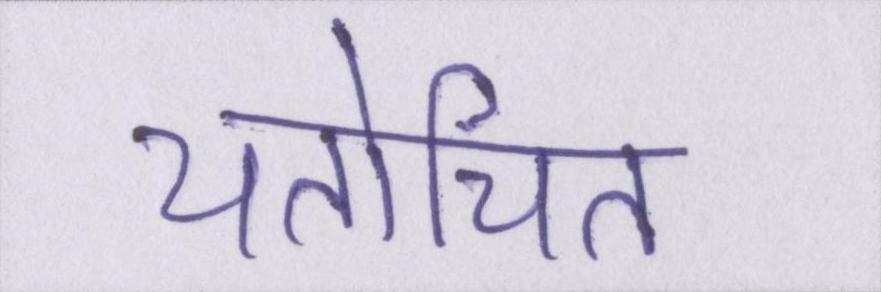
यतोचित